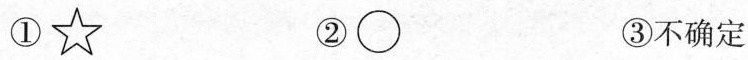
①☆ ②○ ③不确定